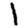
Digit: 1